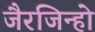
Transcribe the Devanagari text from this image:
जैरजिन्हो